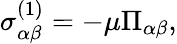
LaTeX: \begin{array}{r}{\sigma_{\alpha\beta}^{(1)}=-\mu\Pi_{\alpha\beta},}\end{array}